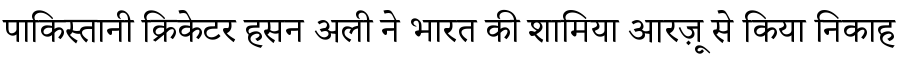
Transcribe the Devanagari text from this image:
पाकिस्तानी क्रिकेटर हसन अली ने भारत की शामिया आरज़ू से किया निकाह